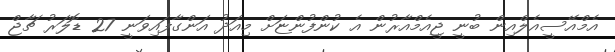
އެމްއޭސީއެލްއިން ބުނީ ޖީއެމްއާރުން އެ ކުންފުންޏަށް މިއަދު އަންގާފައިވަނީ 27 ޑޮލަރު ޗާޖް